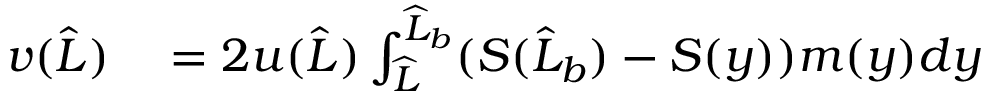
\begin{array} { r l } { v ( \widehat { L } ) } & { { } = 2 u ( \widehat { L } ) \int _ { \widehat { L } } ^ { \widehat { L } _ { b } } ( S ( \widehat { L } _ { b } ) - S ( y ) ) m ( y ) d y } \end{array}